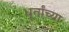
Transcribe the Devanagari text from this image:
धूर्तांच्या